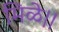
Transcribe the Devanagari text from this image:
मिळे।।